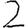
Digit: 2